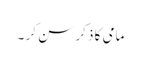
مامی کا ذکر سن کر ۔